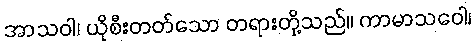
အာသဝါ၊ ယိုစီးတတ်သော တရားတို့သည်။ ကာမာသဝေါ၊